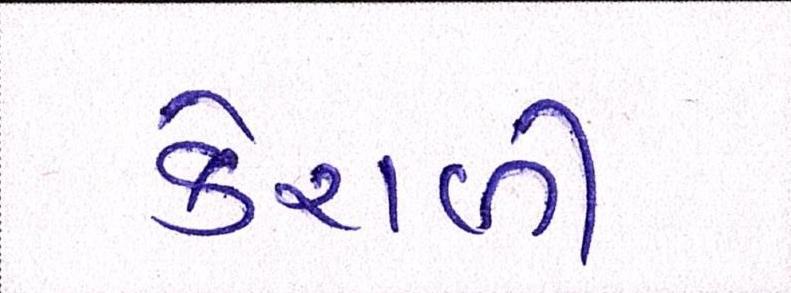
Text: કેરાળી